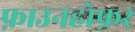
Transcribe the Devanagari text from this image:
फ़ाउनहोफ़र